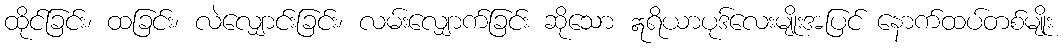
ထိုင်ခြင်း၊ ထခြင်း၊ လဲလျှောင်းခြင်း၊ လမ်းလျှောက်ခြင်း ဆိုသော ဣရိယာပုဒ်လေးမျိုးအပြင် နောက်ထပ်တစ်မျိုး